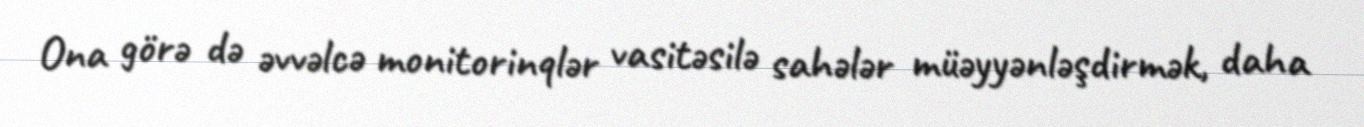
Ona görə də əvvəlcə monitorinqlər vasitəsilə sahələr müəyyənləşdirmək, daha